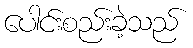
ပေါင်းစည်းခဲ့သည်